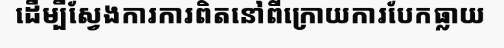
ដើម្បីស្វែងការការពិតនៅពីក្រោយការបែកធ្លាយ